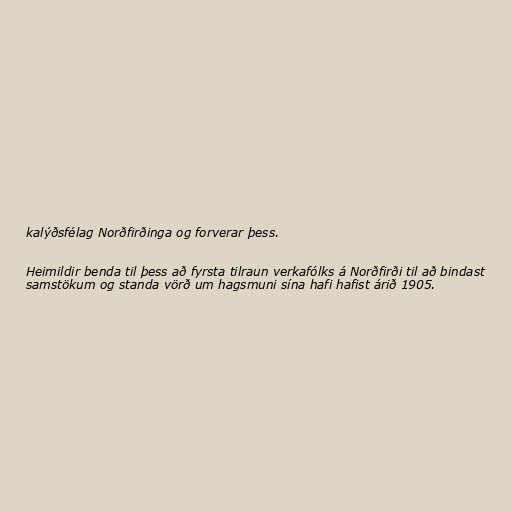
kalýðsfélag Norðfirðinga og forverar þess.

Heimildir benda til þess að fyrsta tilraun verkafólks á Norðfirði til að bindast
samstökum og standa vörð um hagsmuni sína hafi hafist árið 1905.